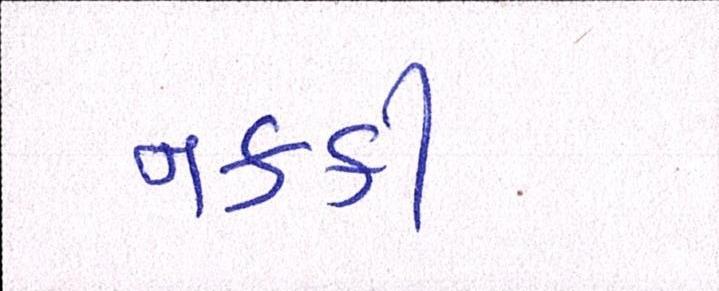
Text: નક્કી